Insane asylums Bombay 1873-77 - 1873-1877
Year: 1873
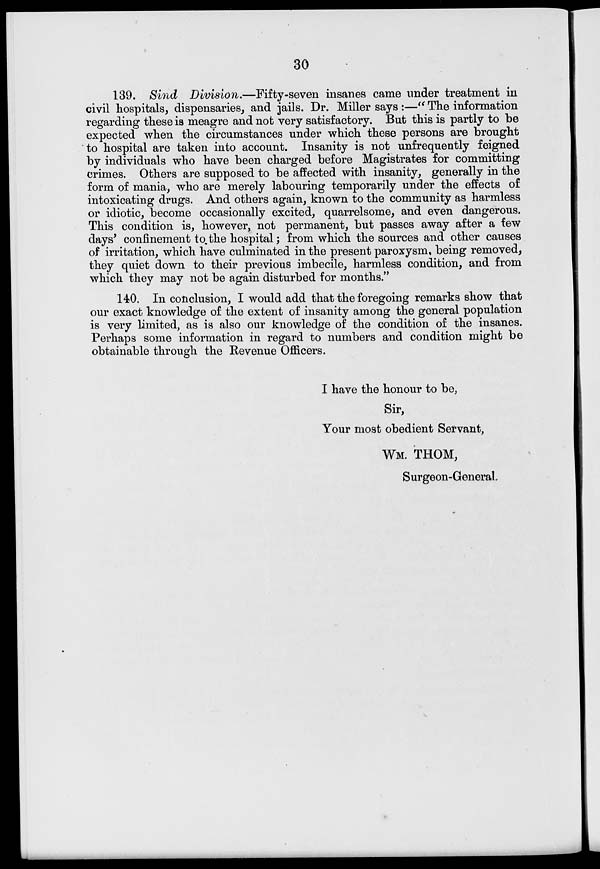
30
139. Sind Division.—Fifty-seven insanes came under treatment in
civil hospitals, dispensaries, and jails. Dr. Miller says :—" The information
regarding these is meagre and not very satisfactory. But this is partly to be
expected when the circumstances under which these persons are brought
to hospital are taken into account. Insanity is not unfrequently feigned
by individuals who have been charged before Magistrates for committing
crimes. Others are supposed to be affected with insanity, generally in the
form of mania, who are merely labouring temporarily under the effects of
intoxicating drugs. And others again, known to the community as harmless
or idiotic, become occasionally excited, quarrelsome, and even dangerous.
This condition is, however, not permanent, but passes away after a few
days' confinement to the hospital; from which the sources and other causes
of irritation, which have culminated in the present paroxysm, being removed,
they quiet down to their previous imbecile, harmless condition, and from
which they may not be again disturbed for months."
140. In conclusion, I would add that the foregoing remarks show that
our exact knowledge of the extent of insanity among the general population
is very limited, as is also our knowledge of the condition of the insanes.
Perhaps some information in regard to numbers and condition might be
obtainable through the Revenue Officers.
I have the honour to be,
Sir,
Your most obedient Servant,
WM. THOM,
Surgeon-General.